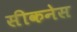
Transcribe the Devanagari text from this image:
सीकनेस